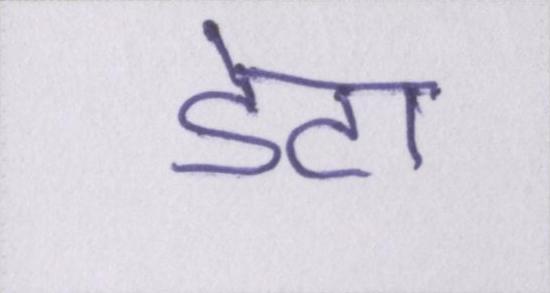
डेटा